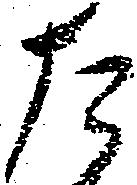
た